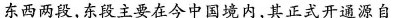
东西两段，东段主要在今中国境内，其正式开通源自